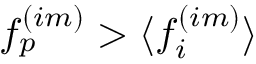
f _ { p } ^ { ( i m ) } > { \langle f _ { i } ^ { ( i m ) } \rangle }